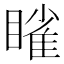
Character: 𬑥